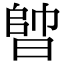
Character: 𣈪